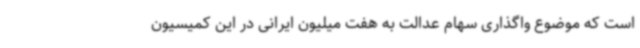
است که موضوع واگذاری سهام عدالت به هفت میلیون ایرانی در این کمیسیون